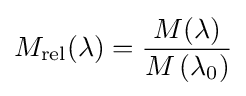
M_{\mathrm {rel} }(\lambda )={\frac {M(\lambda )}{M\left(\lambda _{0}\right)}}